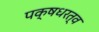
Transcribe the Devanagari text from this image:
पक्षधरत्व